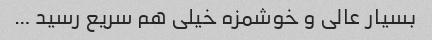
بسیار عالی و خوشمزه خیلی هم سریع رسید …